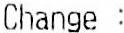
CHANGE :